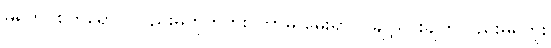
မရှိဘဲ၊ စိတ်ရောဂါလည်းမဟုတ်ဘူး၊ ဘာမှ မွေးရာပါ ချို့ယွင်းချက်လည်းမရှိဘူး